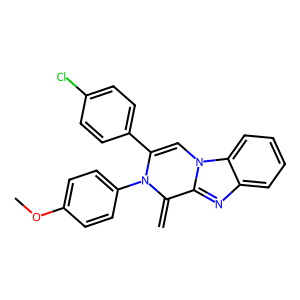
SMILES: C=C1c2nc3ccccc3n2C=C(c2ccc(Cl)cc2)N1c1ccc(OC)cc1
Inhibits HIV replication: No